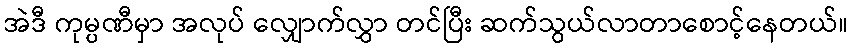
အဲဒီ ကုမ္ပဏီမှာ အလုပ် လျှောက်လွှာ တင်ပြီး ဆက်သွယ်လာတာစောင့်နေတယ်။